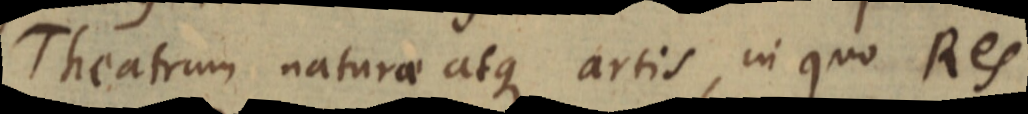
Theatrum naturae atque artis, in quo Res